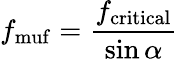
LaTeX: f_{\mathrm{muf}}={\frac{f_{\mathrm{critical}}}{\sin\alpha}}